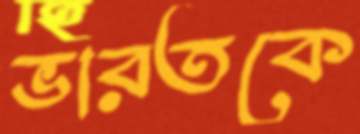
ভারতকে